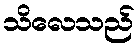
သိလေသည်